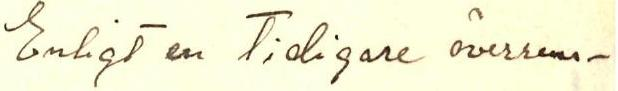
Enligt en tidigare överrens-